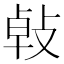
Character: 㪕